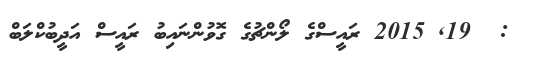
:  19